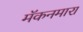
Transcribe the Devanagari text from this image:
मॅकनमारा